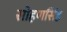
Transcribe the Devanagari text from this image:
सोहणसिंह